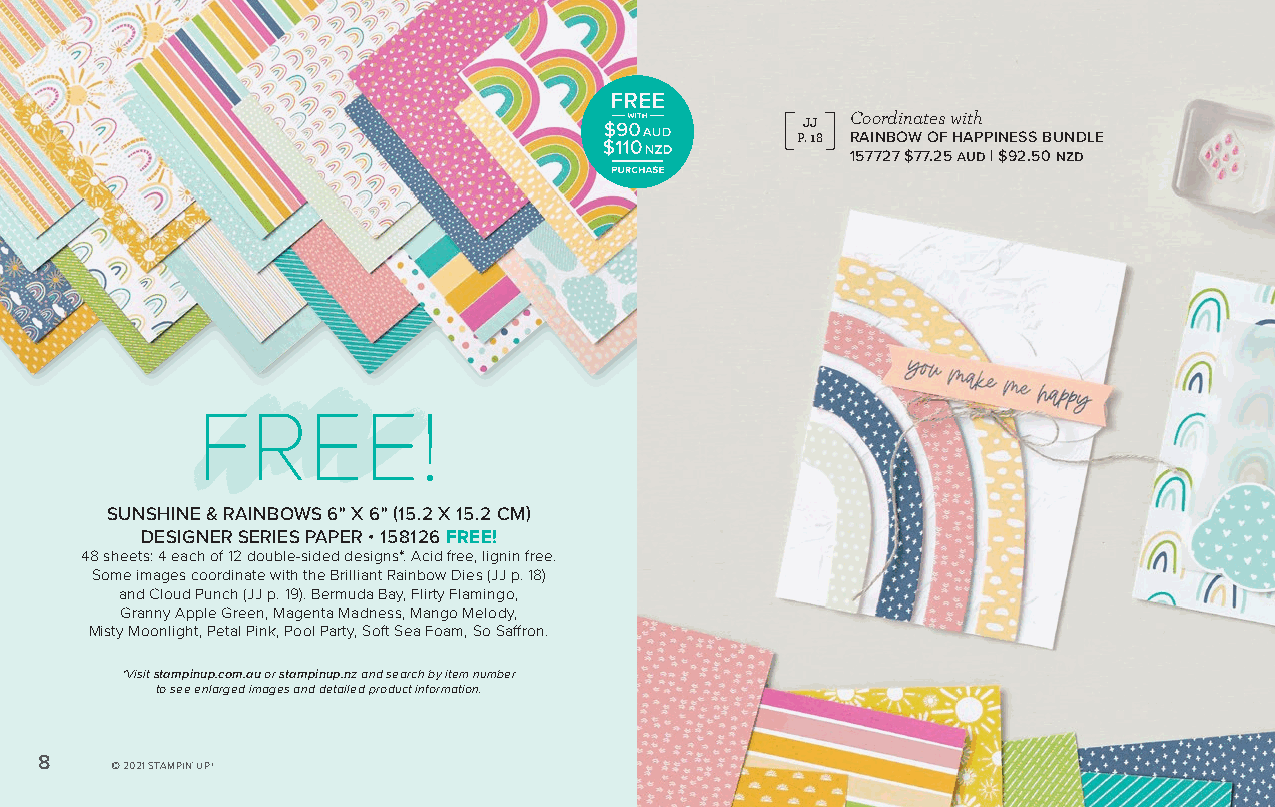
Coordinates with
 JJ
 P. 18 RAINBOW OF HAPPINESS BUNDLE
 157727 $77.25 aud | $92.50 nzd
 FREE!
 SUNSHINE & RAINBOWS 6" X 6" (15.2 X 15.2 CM)
 DESIGNER SERIES PAPER • 158126 FREE!
 48 sheets: 4 each of 12 double-sided designs*. Acid free, lignin free.
 Some images coordinate with the Brilliant Rainbow Dies (JJ p. 18)
 and Cloud Punch (JJ p. 19). Bermuda Bay, Flirty Flamingo,
 Granny Apple Green, Magenta Madness, Mango Melody,
 Misty Moonlight, Petal Pink, Pool Party, Soft Sea Foam, So Saffron.
 *Visit stampinup.com.au or stampinup.nz and search by item number
 to see enlarged images and detailed product information.
 8    © 2021 STAMPIN' UP!